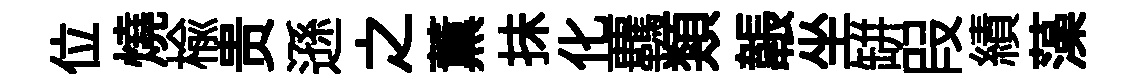
位燒榆贵遜之薫抺化覊類韔坐缾叚績藻